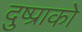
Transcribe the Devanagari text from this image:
दुष्प्राको